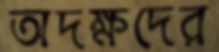
অদক্ষদের